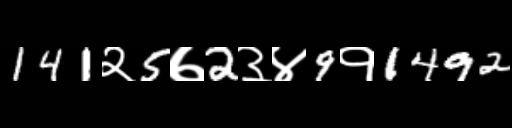
Text: 141२5७2३४9१1492